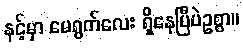
နင့်မှာ မေရွက်လေး ရှိနေပြီပဲဥစ္စာ။